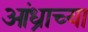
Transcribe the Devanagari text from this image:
आंध्राच्या